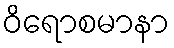
ဝိရောစမာနာ